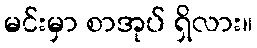
မင်းမှာ စာအုပ် ရှိလား။